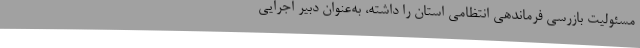
مسئولیت بازرسی فرماندهی انتظامی استان را داشته، به‌عنوان دبیر اجرایی